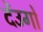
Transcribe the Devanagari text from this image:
देंउगो